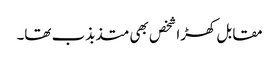
مقابل کھڑا شخص بھی متذبذب تھا۔